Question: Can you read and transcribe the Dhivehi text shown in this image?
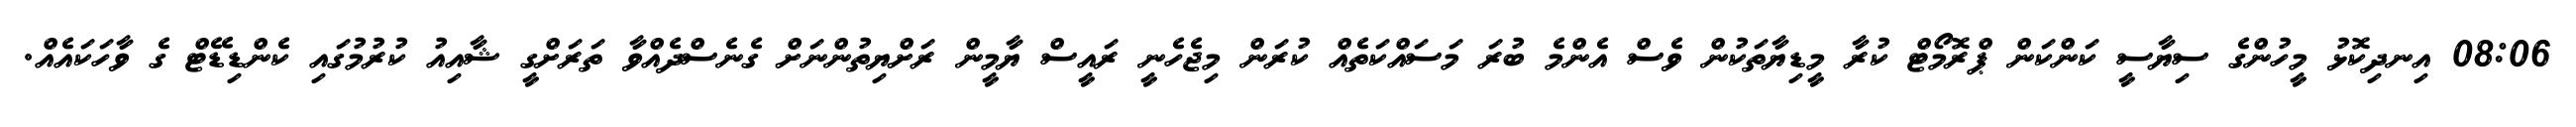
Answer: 08:06 އިނދިކޮޅު މީހުންގެ ސިޔާސީ ކަންކަން ޕްރޮމޯޓް ކުރާ މީޑިޔާތަކުން ވެސް އެންމެ ބުރަ މަސައްކަތެއް ކުރަން މިޖެހެނީ ރައީސް ޔާމީން ރަށްޔިތުންނަށް ގެނެސްދެއްވާ ތަރަށްގީ ޝާއިއު ކުރުމުގައި ކެންޑިޑޭޓް ގެ ވާހަކައެއް.